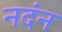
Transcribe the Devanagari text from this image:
नदंन